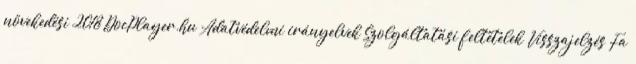
növekedési 2018 DocPlayer.hu Adatvédelmi irányelvek Szolgáltatási feltételek Visszajelzés Fa